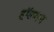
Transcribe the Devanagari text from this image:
हॉलमन